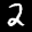
Label: 2